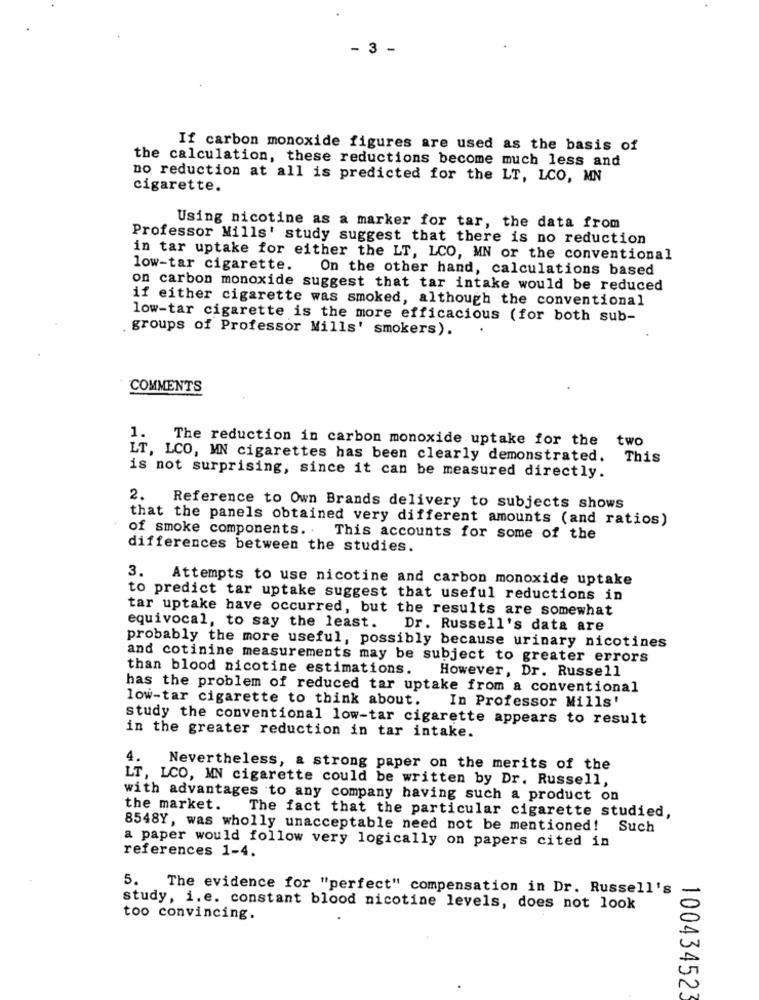
- 3 -
If carbon monoxide figures are used as the basis of
the calculation, these reductions become much less and
no reduction at all is predicted for the LT, LCO, MN
cigarette.
Using nicotine as a marker for tar, the data from
Professor Mills' study suggest that there is no reduction
in tar uptake for either the LT, LCO, MN or the conventional
low-tar cigarette.
On the other hand, calculations based
on carbon monoxide suggest that tar intake would be reduced
if either cigarette was smoked, although the conventional
low-tar cigarette is the more efficacious (for both sub-
groups of Professor Mills' smokers).
COMMENTS
1.
The reduction in carbon monoxide uptake for the two
LT, LCO, MN cigarettes has been clearly demonstrated. This
is not surprising, since it can be measured directly.
2.
Reference to Own Brands delivery to subjects shows
that the panels obtained very different amounts (and ratios)
of smoke components. . This accounts for some of the
differences between the studies.
3.
Attempts to use nicotine and carbon monoxide uptake
to predict tar uptake suggest that useful reductions in
tar uptake have occurred, but the results are somewhat
equivocal, to say the least. Dr. Russell's data are
probably the more useful, possibly because urinary nicotines
and cotinine measurements may be subject to greater errors
than blood nicotine estimations. However, Dr. Russell
has the problem of reduced tar uptake from a conventional
low-tar cigarette to think about.
In Professor Mills'
study the conventional low-tar cigarette appears to result
in the greater reduction in tar intake.
4.
Nevertheless, a strong paper on the merits of the
LT, LCO, MN cigarette could be written by Dr. Russell,
with advantages to any company having such a product on
the market.
The fact that the particular cigarette studied,
8548Y, was wholly unacceptable need not be mentioned! Such
references 1-4.
a paper would follow very logically on papers cited in
5. The evidence for "perfect" compensation in Dr. Russell's
study, i.e. constant blood nicotine levels, does not look
too convincing.
100434523